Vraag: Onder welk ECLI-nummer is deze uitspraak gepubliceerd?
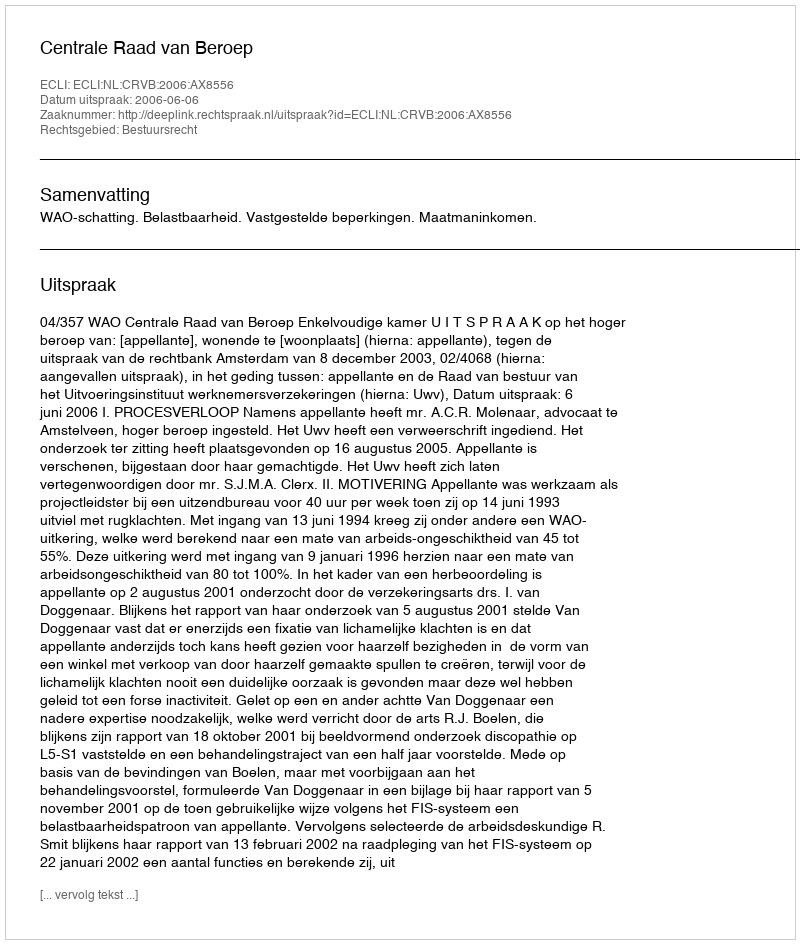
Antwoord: ECLI:NL:CRVB:2006:AX8556